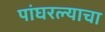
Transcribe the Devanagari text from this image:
पांघरल्याचा